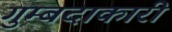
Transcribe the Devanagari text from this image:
गुम्बदाकारी